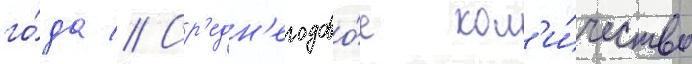
го́да // Ср'едн'егодово́е кол'и́чество